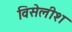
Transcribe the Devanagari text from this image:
विसेलीश